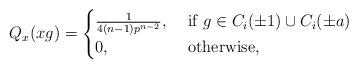
LaTeX: \begin{align*}Q_x(xg)= \begin{cases} \frac{1}{4(n-1)p^{n-2}}, & \mbox{ if } g \in C_i(\pm 1) \cup C_i(\pm a) \\ 0, & \mbox{ otherwise,}\end{cases}\end{align*}